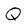
Character: Q